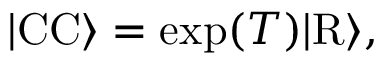
\begin{array} { r } { \vert \mathrm { C C } \rangle = \exp ( T ) \vert \mathrm { R } \rangle , } \end{array}